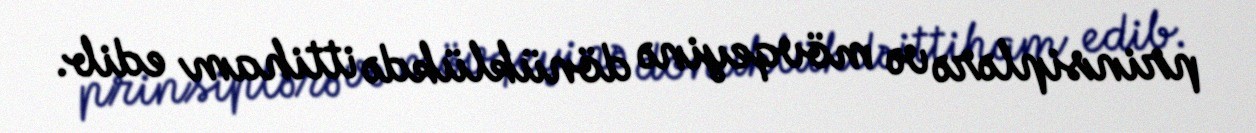
prinsiplərə və mövqeyinə dönüklükdə ittiham edib.